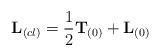
LaTeX: \begin{align*}{\bf L}_{(cl)}=\frac{1}{2}{\bf T}_{(0)}+{\bf L}_{(0)}\end{align*}